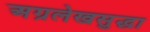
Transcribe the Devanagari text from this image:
अग्रलेखसुद्धा